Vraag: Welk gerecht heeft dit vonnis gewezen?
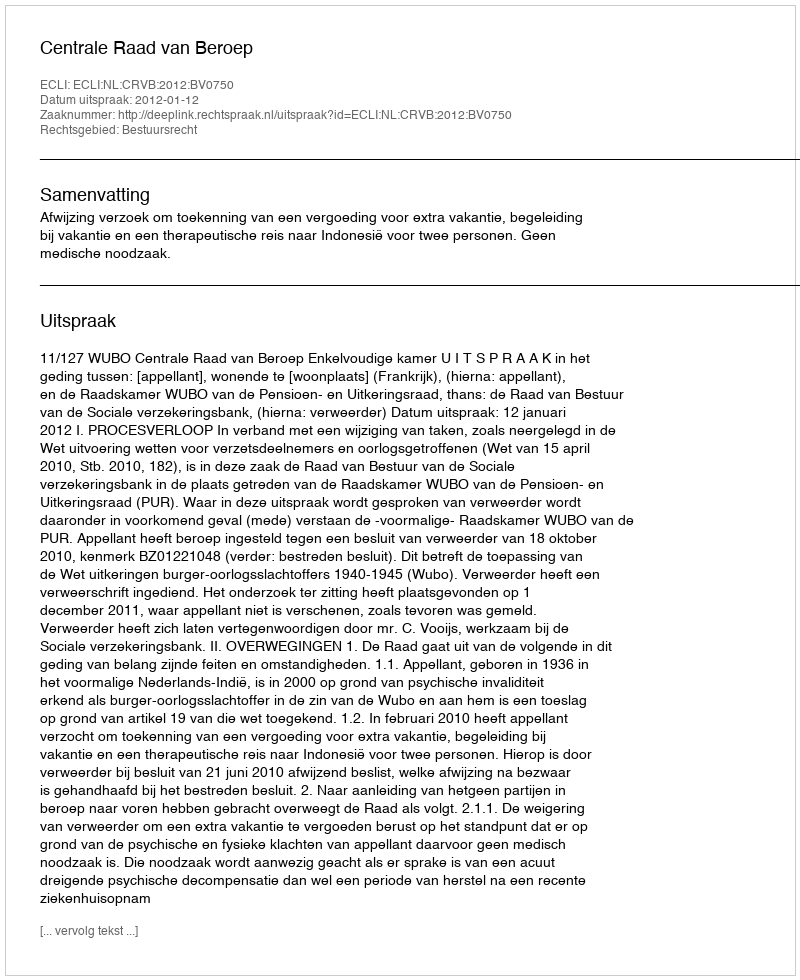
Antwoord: Centrale Raad van Beroep